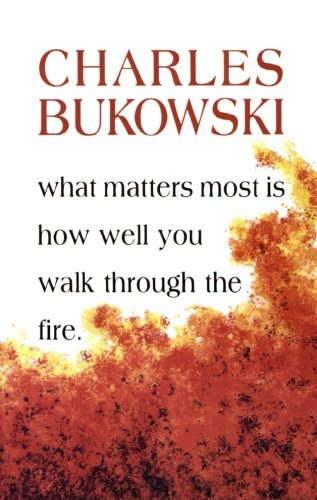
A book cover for What Matters Most is How Well You Walk Through the Fire; Charles Bukowski; Literature & Fiction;